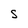
Character: S